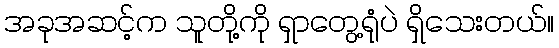
အခုအဆင့်က သူတို့ကို ရှာတွေ့ရုံပဲ ရှိသေးတယ်။